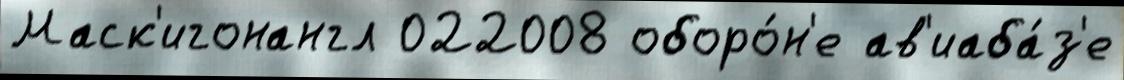
Маск'игонангл 022008 оборо́н'е ав'иаба́з'е